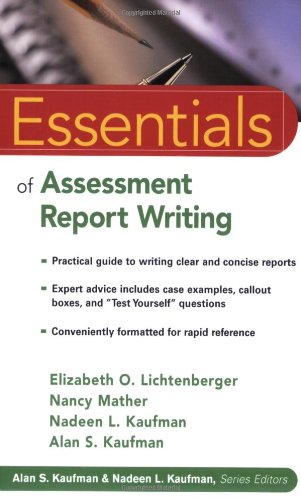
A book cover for Essentials of Assessment Report Writing; Elizabeth O. Lichtenberger; Medical Books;